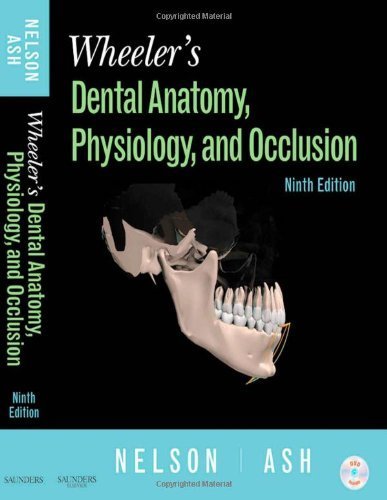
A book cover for By Stanley J. Nelson DDS MS: Wheeler's Dental Anatomy, Physiology and Occlusion Ninth (9th) Edition; -Saunders-; Medical Books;